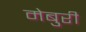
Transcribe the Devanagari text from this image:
मेबुरी